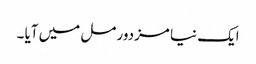
ایک نیا مزدور مل میں آیا ۔